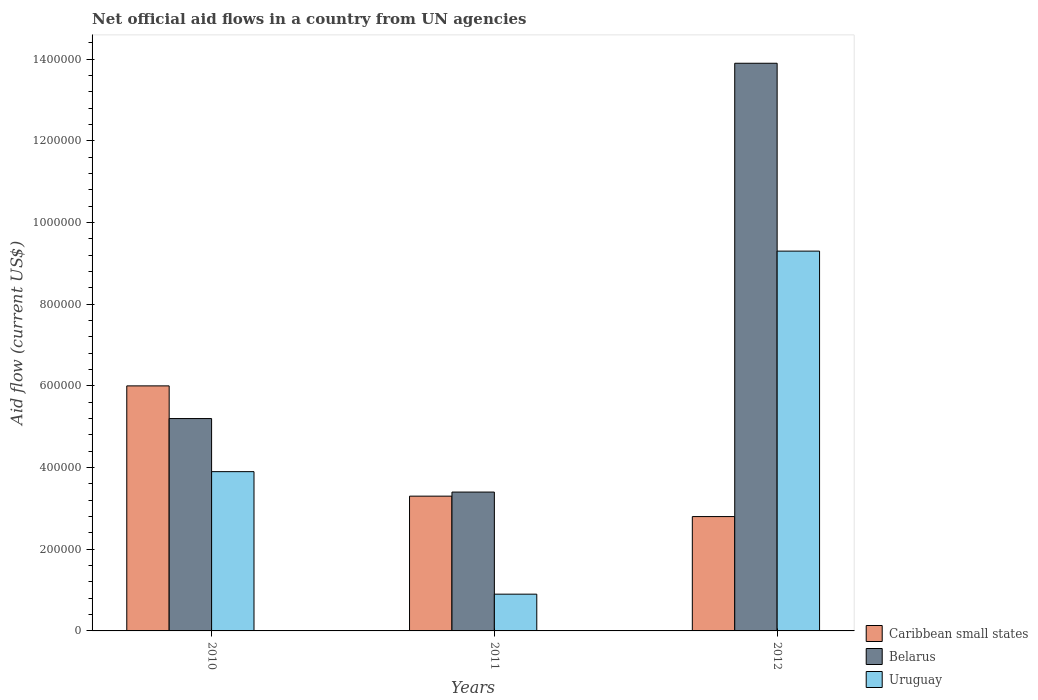
| Years | Caribbean small states | Belarus | Uruguay |
 | --- | --- | --- | --- |
 | 2010 | 6e+05 | 5.2e+05 | 3.9e+05 |
 | 2011 | 3.3e+05 | 3.4e+05 | 9e+04 |
 | 2012 | 2.8e+05 | 1.39e+06 | 9.3e+05 |